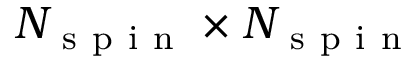
N _ { \mathrm { ~ s ~ p ~ i ~ n ~ } } \times N _ { \mathrm { ~ s ~ p ~ i ~ n ~ } }